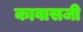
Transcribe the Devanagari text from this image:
कावासजी